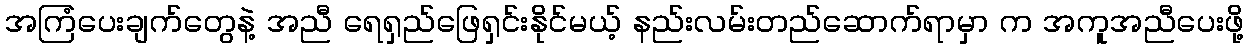
အကြံပေးချက်တွေနဲ့ အညီ ရေရှည်ဖြေရှင်းနိုင်မယ့် နည်းလမ်းတည်ဆောက်ရာမှာ က အကူအညီပေးဖို့